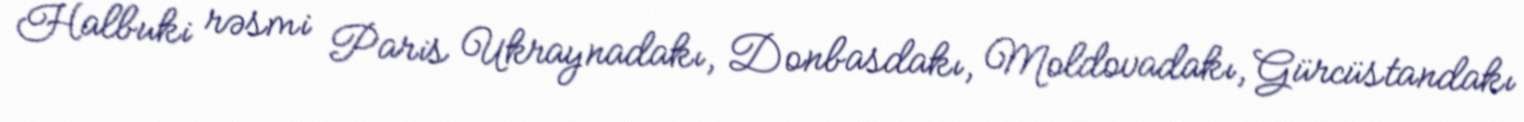
Halbuki rəsmi Paris Ukraynadakı, Donbasdakı, Moldovadakı, Gürcüstandakı